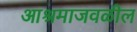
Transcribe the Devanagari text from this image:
आश्रमाजवळील